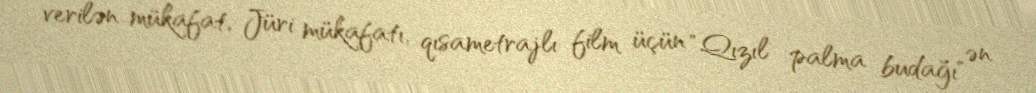
verilən mükafat, Jüri mükafatı, qısametrajlı film üçün "Qızıl palma budağı" ən